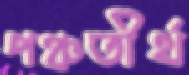
পঞ্চতীর্থ